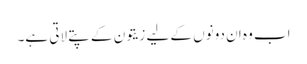
اب وہ ان دونوں کے لیے زیتون کے پتے لاتی ہے۔